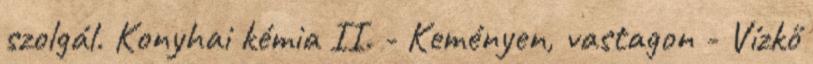
szolgál. Konyhai kémia II. - Keményen, vastagon - Vízkő